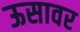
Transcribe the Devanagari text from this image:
ऊसावर